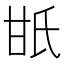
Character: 𤯄